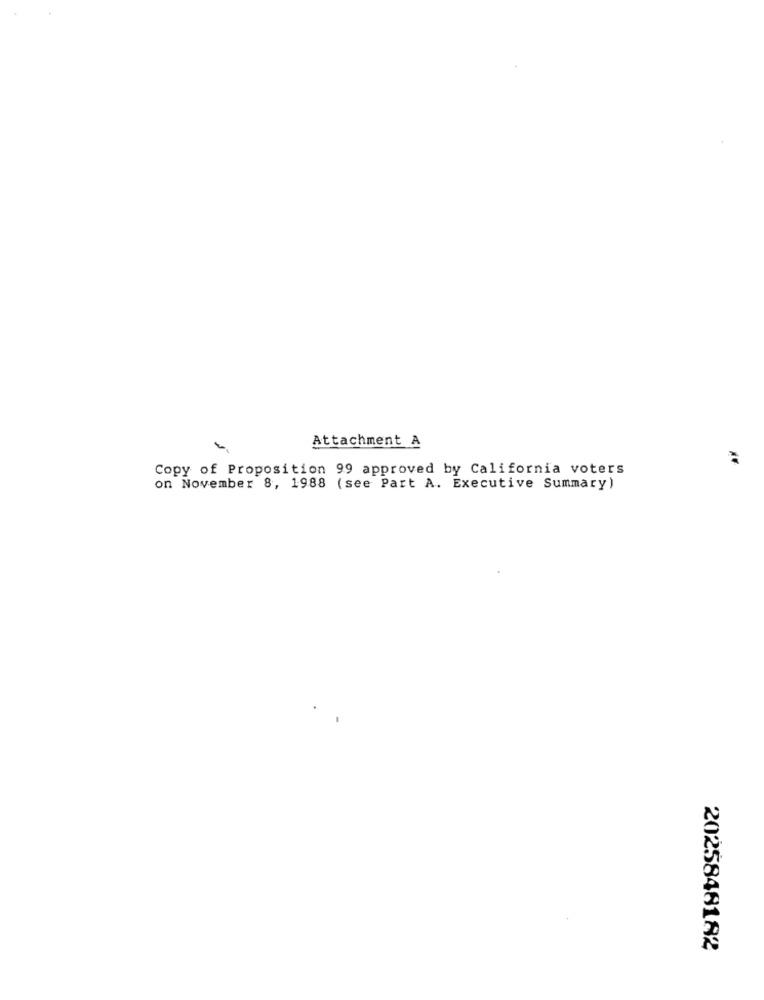
Attachment A
Copy of Proposition 99 approved by California voters
on November 8, 1988 (see Part A. Executive Summary)
2025848182